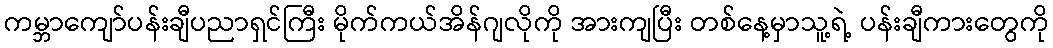
ကမ္ဘာကျော်ပန်းချီပညာရှင်ကြီး မိုက်ကယ်အိန်ဂျလိုကို အားကျပြီး တစ်နေ့မှာသူ့ရဲ့ ပန်းချီကားတွေကို